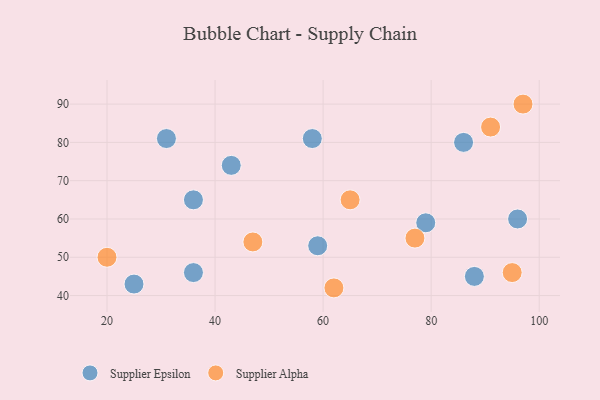
{"axis": {"x": "GDP", "y": "Life Expectancy"}, "legend": ["Supplier Alpha", "Supplier Epsilon"], "data": [{"x": "59", "y": 53, "type": "Supplier Epsilon"}, {"x": "36", "y": 65, "type": "Supplier Epsilon"}, {"x": "96", "y": 60, "type": "Supplier Epsilon"}, {"x": "58", "y": 81, "type": "Supplier Epsilon"}, {"x": "36", "y": 46, "type": "Supplier Epsilon"}, {"x": "31", "y": 81, "type": "Supplier Epsilon"}, {"x": "88", "y": 45, "type": "Supplier Epsilon"}, {"x": "79", "y": 59, "type": "Supplier Epsilon"}, {"x": "43", "y": 74, "type": "Supplier Epsilon"}, {"x": "86", "y": 80, "type": "Supplier Epsilon"}, {"x": "25", "y": 43, "type": "Supplier Epsilon"}, {"x": "91", "y": 84, "type": "Supplier Alpha"}, {"x": "95", "y": 46, "type": "Supplier Alpha"}, {"x": "47", "y": 54, "type": "Supplier Alpha"}, {"x": "65", "y": 65, "type": "Supplier Alpha"}, {"x": "62", "y": 42, "type": "Supplier Alpha"}, {"x": "77", "y": 55, "type": "Supplier Alpha"}, {"x": "20", "y": 50, "type": "Supplier Alpha"}, {"x": "97", "y": 90, "type": "Supplier Alpha"}]}